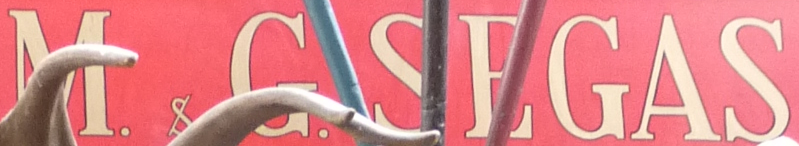
M. GSEGAS